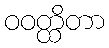
ဝဝတ္ထိတာ